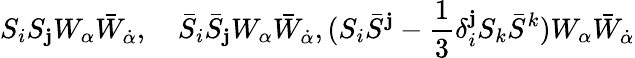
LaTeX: S_{i}S_{\mathbf{j}}W_{\alpha}\bar{{W}}_{\dot{{\alpha}}},\quad\bar{{S}}_{i}\bar{{S}}_{\mathbf{j}}W_{\alpha}\bar{{W}}_{\dot{{\alpha}}},(S_{i}\bar{{S}}^{\mathbf{j}}-{\frac{{1}}{{3}}}\delta_{i}^{\mathbf{j}}S_{k}\bar{{S}}^{k})W_{\alpha}\bar{{W}}_{\dot{{\alpha}}}